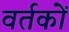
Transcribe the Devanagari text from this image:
वर्तकों